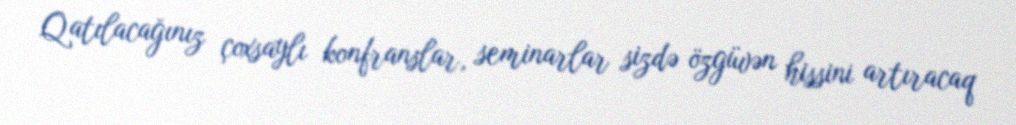
Qatılacağınız çoxsaylı konfranslar, seminarlar sizdə özgüvən hissini artıracaq